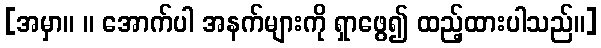
[အမှာ။ ။ အောက်ပါ အနက်များကို ရှာဖွေ၍ ထည့်ထားပါသည်။]